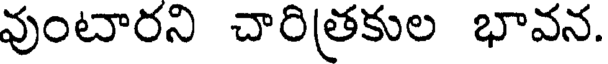
వుంటారని చారిత్రకుల భావన.